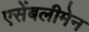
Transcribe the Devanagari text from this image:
एसेंबलीमेन